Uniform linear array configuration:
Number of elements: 12
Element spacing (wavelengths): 0.75
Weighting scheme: cosine
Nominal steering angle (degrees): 30
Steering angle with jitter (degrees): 29.269
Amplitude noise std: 0.05
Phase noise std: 0.05

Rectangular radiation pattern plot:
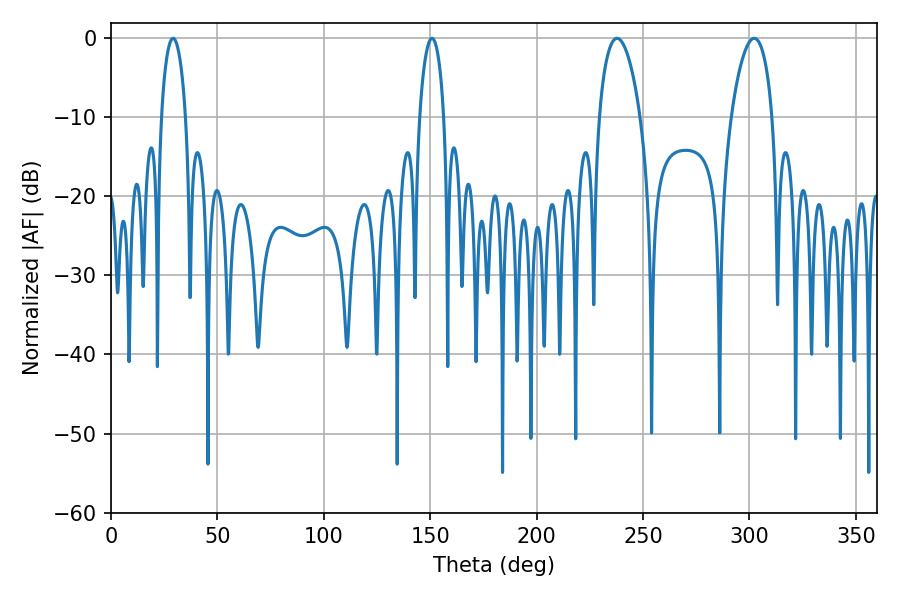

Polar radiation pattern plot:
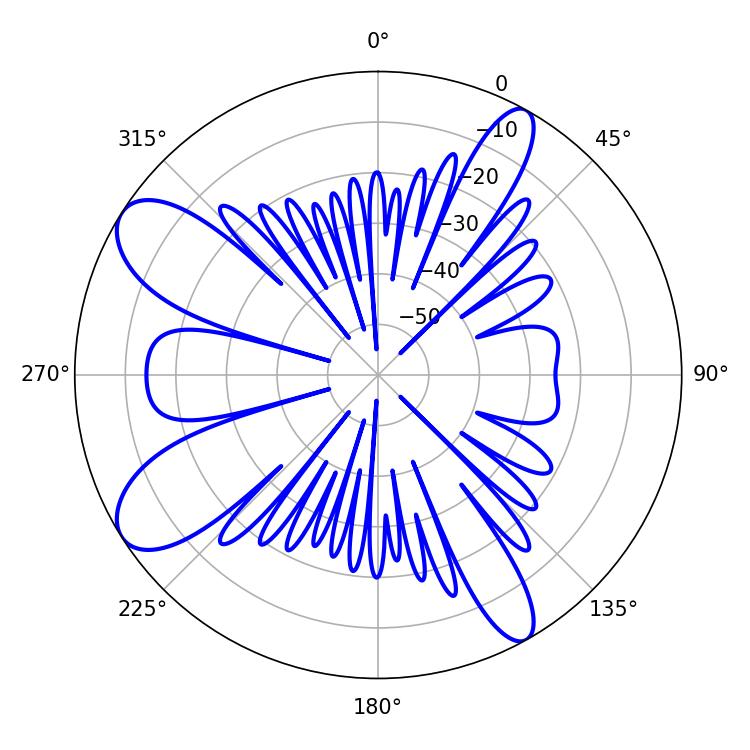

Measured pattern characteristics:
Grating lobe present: TRUE
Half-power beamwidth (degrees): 10.98
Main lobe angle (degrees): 302.22